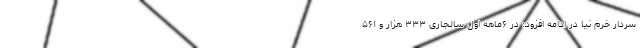
سردار خرم نیا در ادامه افزود: در ۶ماهه اول سالجاری ۳۳۳ هزار و ۵۶۱